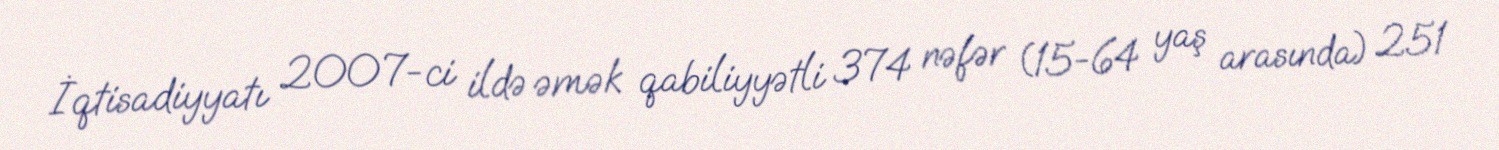
İqtisadiyyatı 2007-ci ildə əmək qabiliyyətli 374 nəfər (15-64 yaş arasında) 251